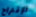
الإقتراح